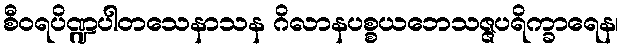
စီဝရပိဏ္ဍပါတသေနာသန ဂိလာနပစ္စယဘေသဇ္ဇပရိက္ခာရေန၊